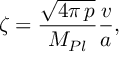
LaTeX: \zeta = \frac { \sqrt { 4 \pi \, p } } { M _ { P l } } \frac { v } { a } ,